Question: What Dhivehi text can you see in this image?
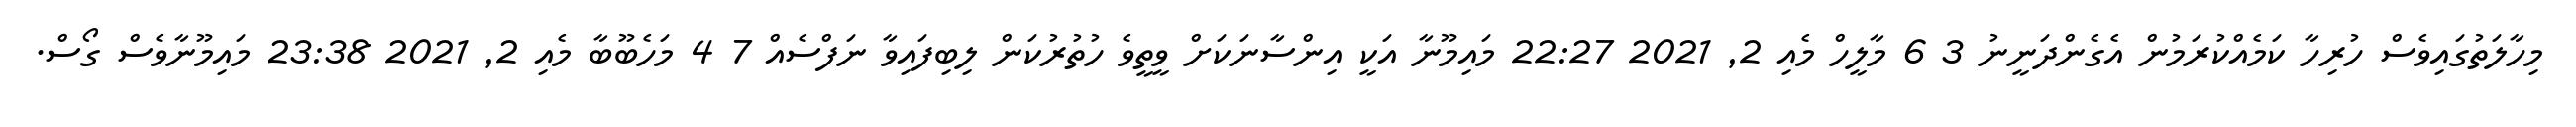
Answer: މިހާލަތުގައިވެސް ހުރިހާ ކަމެއްކުރަމުން އެގެންދަނީނު 3 6 މާލީހް މެއި 2, 2021 22:27 މައިމޫނާ އަކީ އިންސާނަކަށް ވީތީވެ ހުތުރުކަން ލިބިފައިވާ ނަފްސެއް 7 4 މަހެބޫބާ މެއި 2, 2021 23:38 މައިމޫނާވެސް ގޯސް.